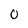
Character: 0